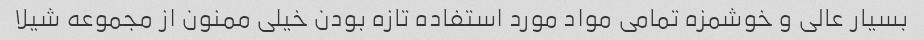
بسیار عالی و خوشمزه تمامی مواد مورد استفاده تازه بودن خیلی ممنون از مجموعه شیلا